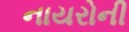
નાયરોની